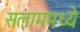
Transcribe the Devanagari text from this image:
सलाममध्ये